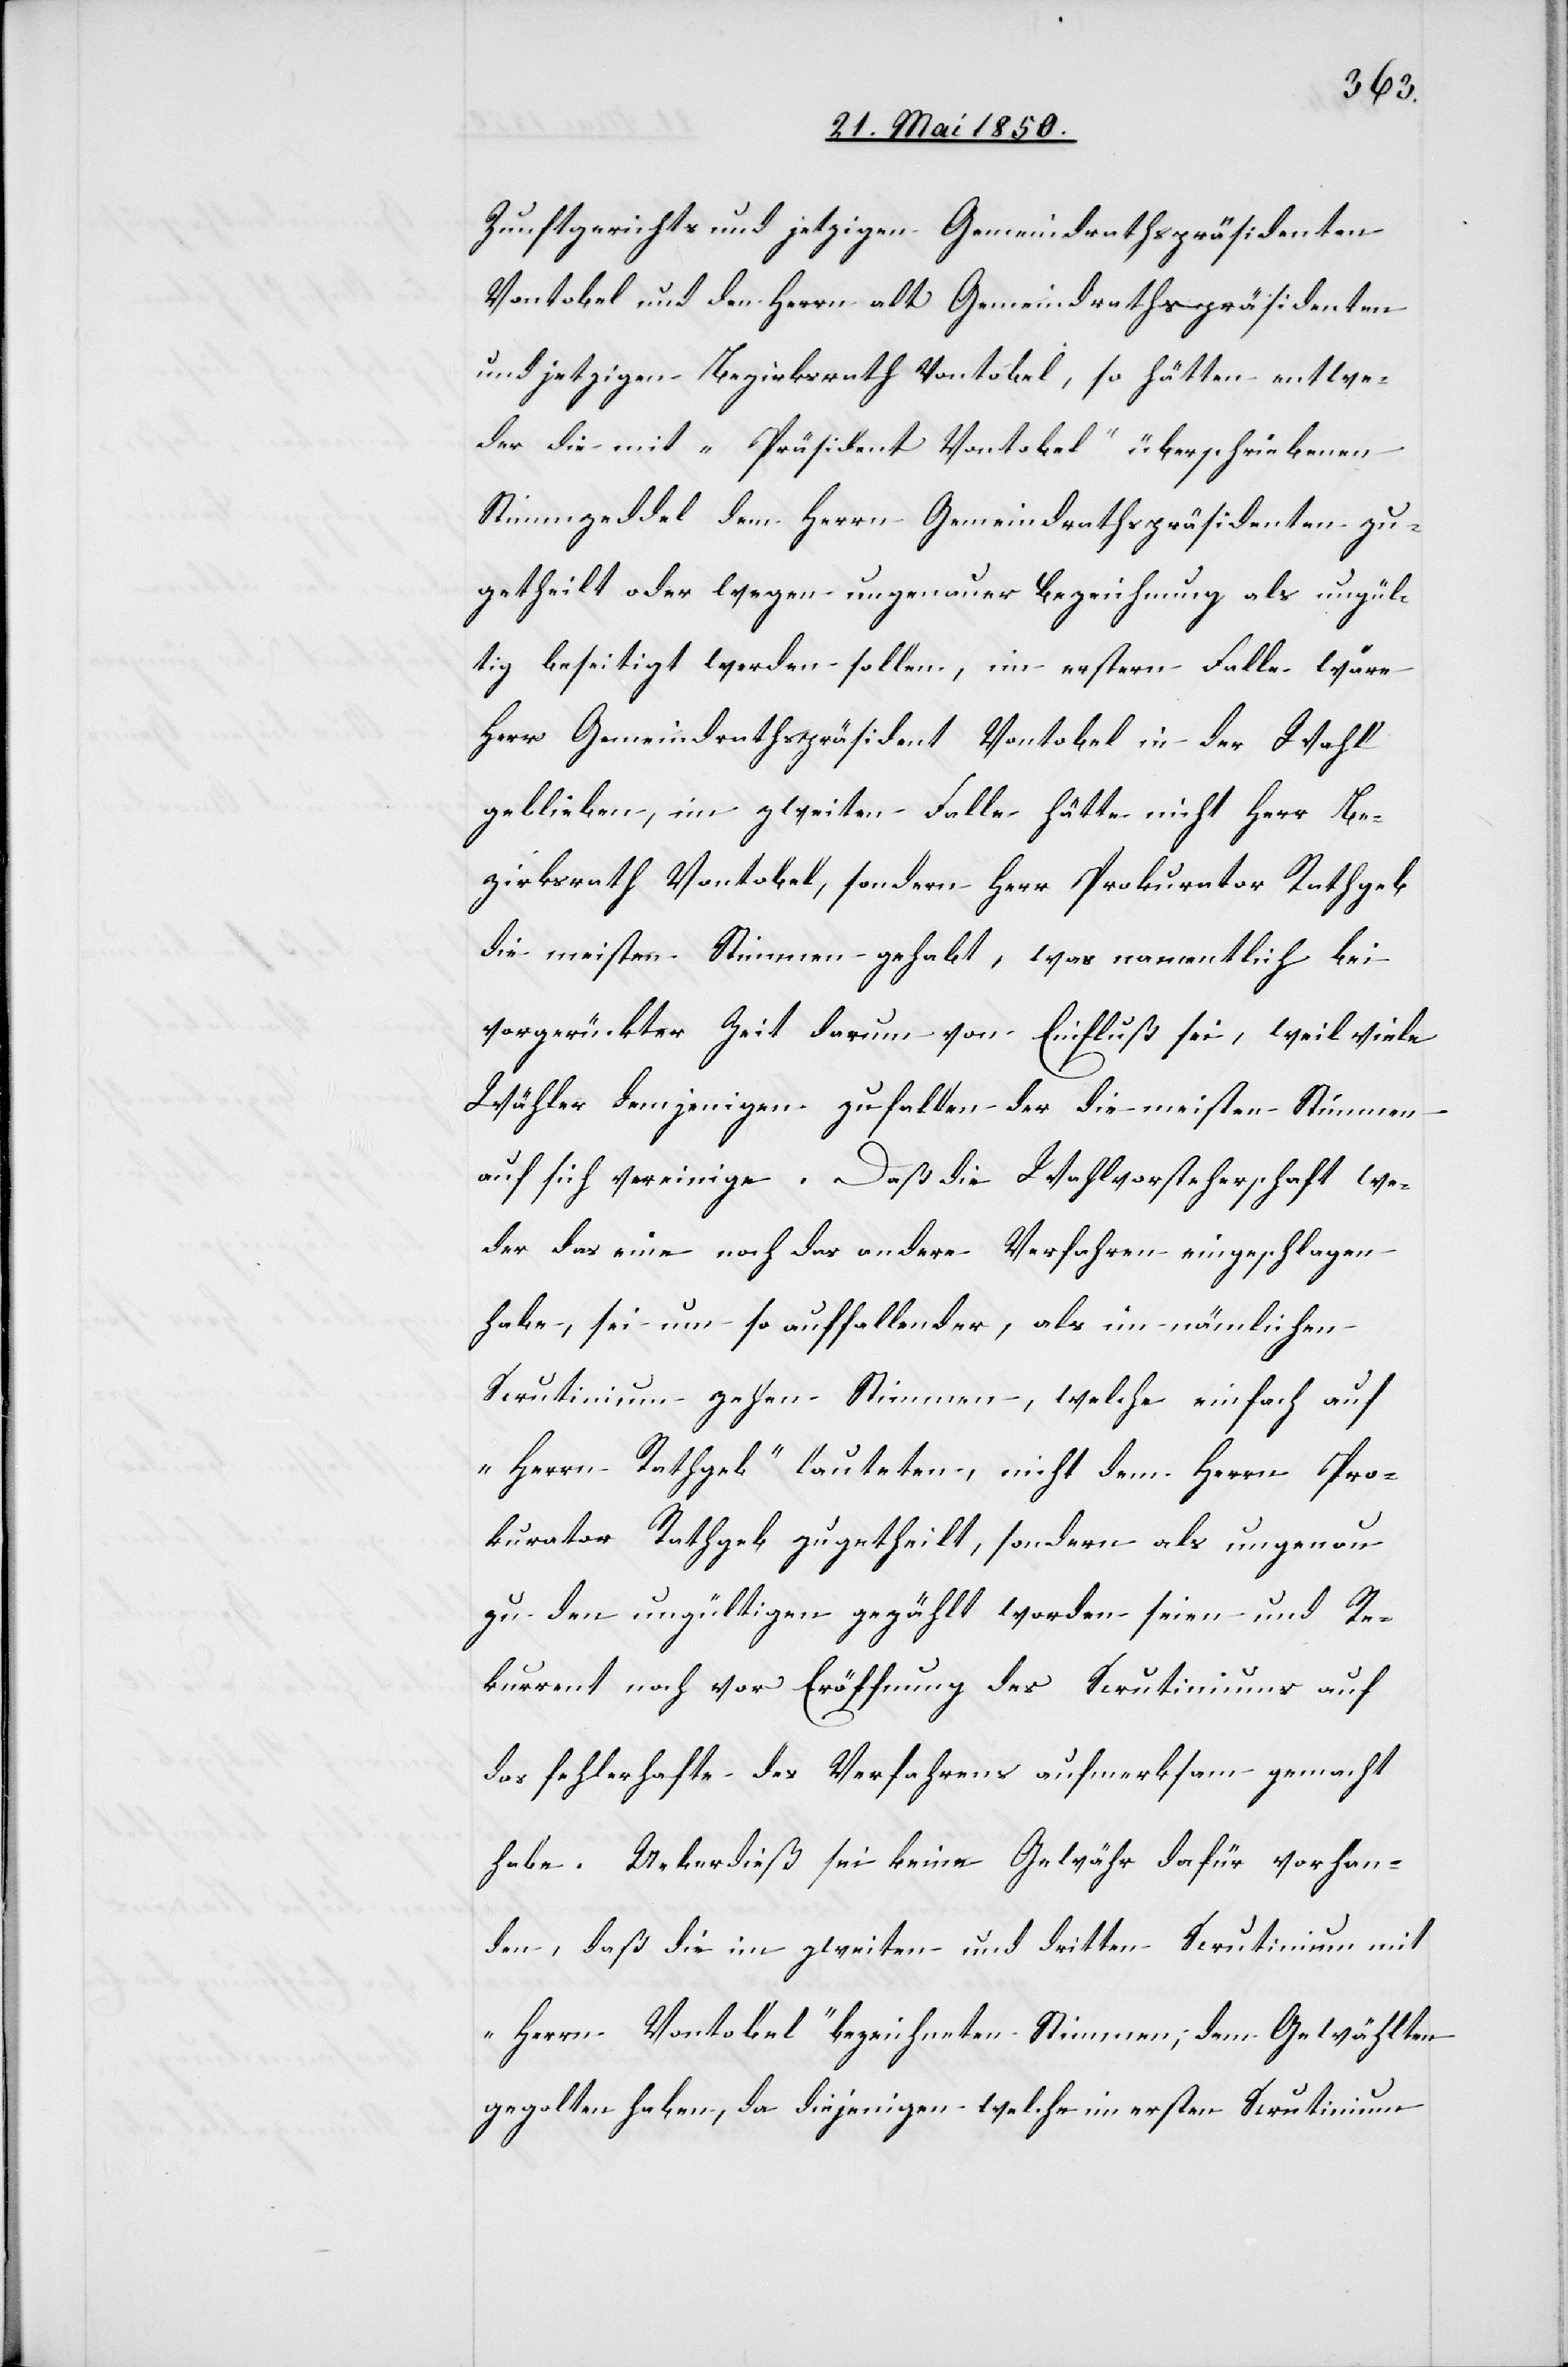
Zunftgerichts und jetzigen Gemeindrathspräsidenten
Vontobel und den Herrn alt Gemeindrathspräsidenten
und jetzigen Bezirksrath Vontobel, so hätten entwe¬
der die mit „Präsident Vontobel“ überschriebenen
Stimmzeddel dem Herrn Gemeindrathspräsidenten zu¬
getheilt oder wegen ungenauer Bezeichnung als ungül¬
tig beseitigt werden sollen, im erstern Falle wäre
Herr Gemeindrathspräsident Vontobel in der Wahl
geblieben, im zweiten Falle hätte nicht Herr Be¬
zirksrath Vontobel, sondern Herr Prokurator Rathgeb
die meisten Stimmen gehabt, was namentlich bei
vorgerückter Zeit darum von Einfluß sei, weil viele
Wähler demjenigen zufallen der die meisten Stimmen
auf sich vereinige. Daß die Wahlvorsteherschaft we¬
der das eine noch das andere Verfahren eingeschlagen
habe, sei um so auffallender, als im nämlichen
Scrutinium zehen Stimmen, welche einfach auf
„Herrn Rathgeb“ lauteten, nicht dem Herrn Pro¬
kurator Rathgeb zugetheilt, sondern als ungenau
zu den ungültigen gezählt worden seien und Re¬
kurrent noch vor Eröffnung des Scrutiniums auf
das fehlerhafte des Verfahrens aufmerksam gemacht
habe. Ueberdieß sei keine Gewähr dafür vorhan¬
den, daß die im zweiten und dritten Scrutinium mit
„Herrn Vontobel“ bezeichneten Stimmen, dem Gewählten
gegolten haben, da diejenigen welche im ersten Scrutinium